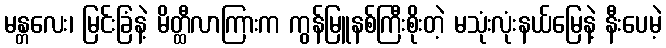
မန္တလေး၊ မြင်းခြံနဲ့ မိတ္ထီလာကြားက ကွန်မြူနစ်ကြီးစိုးတဲ့ မသုံးလုံးနယ်မြေနဲ့ နီးပေမဲ့